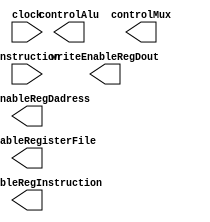
module control(
  instruction,
  clock,
  writeEnableRegInstruction,
  writeEnableRegisterFile,
  writeEnableRegDout,
  writeEnableRegDadress,
  controlAlu,
  controlMux
);
  input [15:0] instruction;
  input clock;
  output [1:0] controlMux, controlAlu;
  output writeEnableRegInstruction, writeEnableRegisterFile, writeEnableRegDout, writeEnableRegDadress;

  

endmodule